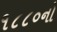
૧૮૮૦નો